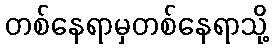
တစ်နေရာမှတစ်နေရာသို့